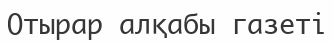
Отырар алқабы газеті